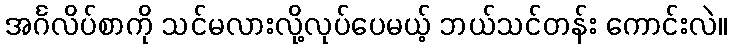
အင်္ဂလိပ်စာကို သင်မလားလို့လုပ်ပေမယ့် ဘယ်သင်တန်း ကောင်းလဲ။